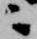
ニ